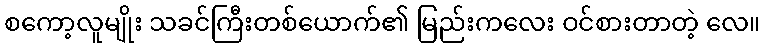
စကော့လူမျိုး သခင်ကြီးတစ်ယောက်၏ မြည်းကလေး ဝင်စားတာတဲ့ လေ။